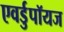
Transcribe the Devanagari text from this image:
एवर्डुपॉयज